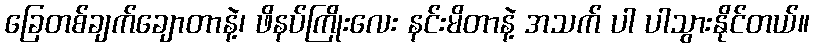
ခြေတစ်ချက်ချောတာနဲ့၊ ဖိနပ်ကြိုးလေး နင်းမိတာနဲ့ အသက် ပါ ပါသွားနိုင်တယ်။